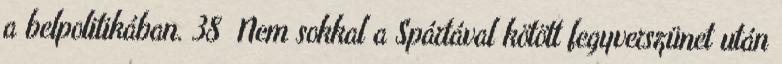
a belpolitikában. 38 Nem sokkal a Spártával kötött fegyverszünet után